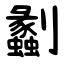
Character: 劙